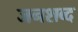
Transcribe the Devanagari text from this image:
जनशब्द